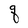
Character: q